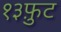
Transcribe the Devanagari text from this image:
१३फ़ुट